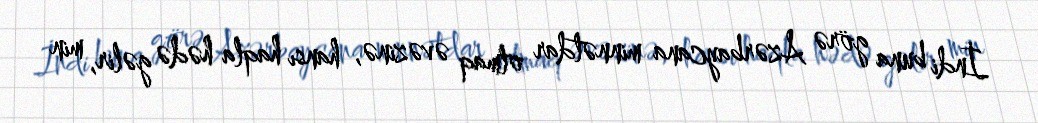
İndi buna görə Azərbaycana minnətdar olmaq əvəzinə, hansı haqla hədə gəlir, min